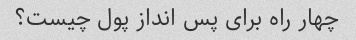
چهار راه برای پس انداز پول چیست؟